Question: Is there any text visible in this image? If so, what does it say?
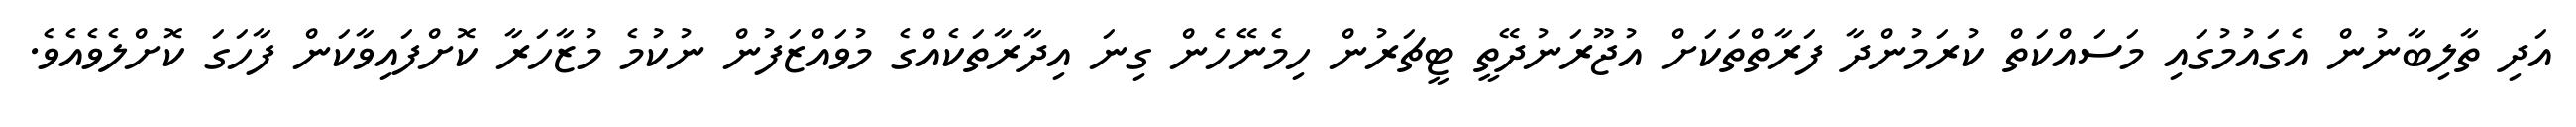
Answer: އަދި ތާލިބާނުން އެގައުމުގައި މަސައްކަތް ކުރަމުންދާ ފަރާތްތަކަށް އުޖޫރަނުދޭތީ ޓީޗަރުން ހިމެނޭހެން ގިނަ އިދާރާތަކެއްގެ މުވައްޒަފުން ނުކުމެ މުޒާހަރާ ކޮށްފައިވާކަން ފާހަގަ ކޮށްލެވެއެވެ.